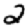
Digit: 2